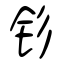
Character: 钐